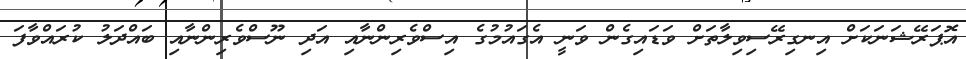
އޮޕަރޭޝަނަކަށް އިނގިރޭސިވިލާތަށް ވަޑައިގެން ވަނީ އެގައުމުގެ އިސްވެރިންނާއި އަދި ނޫސްވެރިންނާއި ބައްދަލު ކުރައްވާފަ